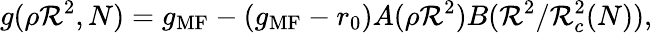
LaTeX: g(\rho\mathcal{R}^{2},N)=g_{\mathrm{{MF}}}-(g_{\mathrm{{MF}}}-r_{0})A(\rho\mathcal{R}^{2})B(\mathcal{R}^{2}/\mathcal{R}_{c}^{2}(N)),